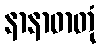
နာနာဓာတုံ